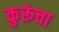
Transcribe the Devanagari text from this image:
कुरूंचा